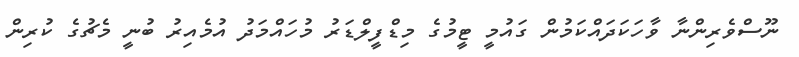
ނޫސްވެރިންނާ ވާހަކަދައްކަމުން ގައުމީ ޓީމުގެ މިޑްފީލްޑަރު މުހައްމަދު އުމެއިރު ބުނީ މެޗުގެ ކުރިން